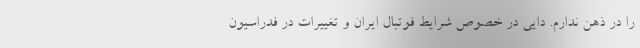
را در ذهن ندارم. دایی در خصوص شرایط فوتبال ایران و تغییرات در فدراسیون